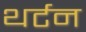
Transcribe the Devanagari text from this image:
थर्टन